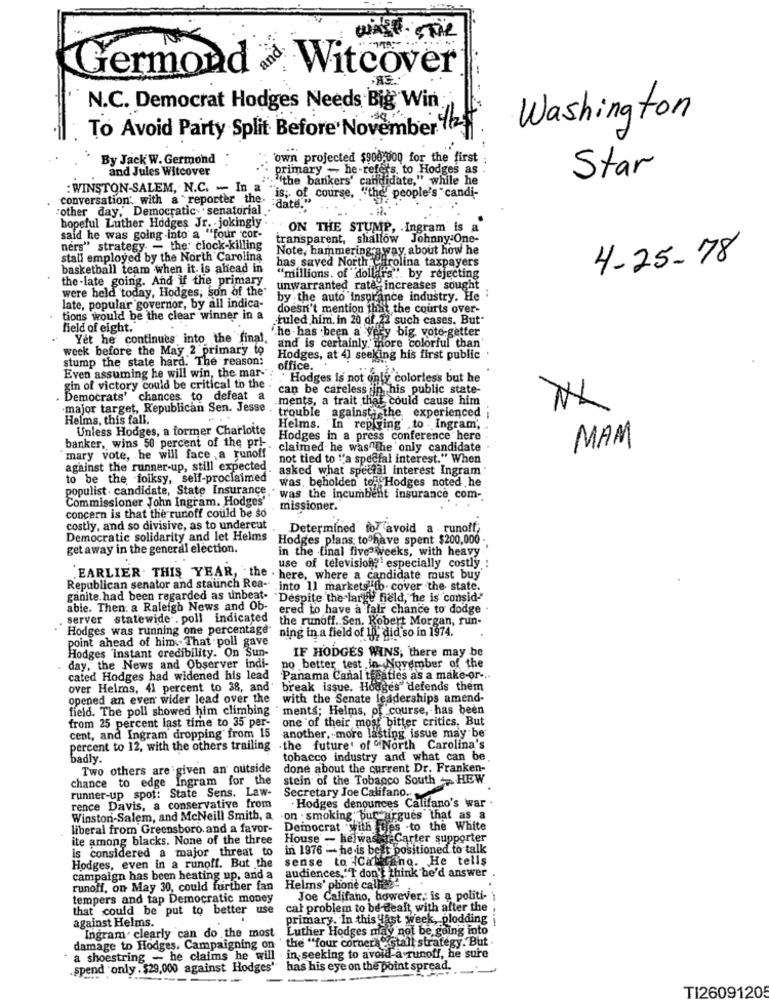
wash STAR
Germond Witcover
N.C. Democrat Hodges Needs Big Win
Washington
To Avoid Party Split Before Nover
ember 12
By Jack W. Germond
"own projected $900.000 for the first
and Jules Witcover
primary - he-refers to Hodges as
Star
"."the bankers' candidate," while he
WINSTON-SALEM, N.C. - In a -
conversation with a reporter the date."
is; of course, ""the people's "candi-
"other day,' Democratic . senatorial ..
hopeful Luther Hodges Jr. jokingly . .
ON THE STUMP, . Ingram is a
said he was going into a "four cor-
transparent, shallow Johnny One-
ners" strategy. - the clock-killing
Note, hammering a way, about how he
stall employed by the North Carolina
has saved North Carolina taxpayers
4-25-78
basketball team when it is ahead in
the-late going. And if the primary
"millions. of dollars", by rejecting
were held today, Hodges, son of the'
unwarranted rate. increases sought
by the auto insurance industry. He
late, popular governor, by all indica-
doesn't mention that the courts over-
. tions would be the clear winner in a
.tuled him, in 20 of 22 such cases. But"
field of eight.
he has been a very big vote-getter
Yet he continues into the final.
and is certainly, more colorful than'
week before the May 2 primary to
stump the state hard. The reason:
Hodges, at 4] seeking his first public
Even assuming he will win, the mar-"
. office.
Hodges is not only colorless but he
gin of victory could be critical to the
can be careless iin his public state-
Democrats' chances to defeat a
.ments, a trait that could cause him
-major target, Republican Sen. Jesse
Helms, this fall.
...
trouble against the experienced ;
Unless Hodges, a former Charlotte
Helms. In rep Ging to . Ingram',
banker, wins 50 percent of the pri-
Hodges in a press conference here
claimed he was the only candidate
MAM
mary vote, . he will face , a runoff
not tied to ""a special interest." When
against the runner-up, still expected.
asked what special interest Ingram
to be the folksy, self-proclaimed"
was. beholden to- Hodges noted he
populist . candidate, State Insurance, was the incumbent insurance com-
Commissioner John Ingram. Hodges'
concern is that the runoff could be so
missioner.
costly, and so divisive, as to undercut
Determined to avoid a - runoff;
Democratic solidarity and let Helms Hodges plans to have spent $200,000 .
get away in the general election.
in the final five weeks, with heavy
use of television?' especially costly :
"EARLIER. THIS YEAR, . the . here, where a candidate must buy
Republican senator and staunch Rea- into 11 marketglib- cover the state.
ganite.had been regarded as unbeat-
"Despite the large field, he is consid"
able. Then: a Raleigh News and Ob-
ered to have a fair chance to dodge .
server statewide . poll indicated
the runoff. Sen. Robert Morgan, run-
Hodges was running one percentage" ning in a field of In, did so in 1974.
point ahead of him That poll gave
Hodges instant credibility. On Sun-
IF HODGES WINS, there may be
day, the News and Observer indi-
no better test in November of the
cated Hodges had widened his lead Panama Canal tfeaties as a make-or -..
over Heims, 41 percent to 38, and' break issue. Hodges" defends them
opened an even' wider lead over the
with the Senate leaderships amend-
field. The poll showed him climbing . ments; Helms, of course, has been
from 25 percent last time to 35 per-
one of their most bitter critics, But
cent, and Ingram dropping from 15
another, more lasting issue may be
percent to 12, with the others trailing
-the future' of "North Carolina's
badly.
tobacco industry and what can be.
Two others are given an outside
done about the current Dr. Franken-
chance to edge Ingram for the
stein of the Tobacco South - HEW
runner-up spot: State Sens. Law-
Secretary Joe Califano ..
. Hodges denounces Califano's war .
rence Davis, a conservative from
Winston-Salem, and McNeill Smith, a on smoking but argues that as a
liberal from Greensboro and a favor- Democrat with ties to the White
ite among blacks. None of the three
House' - helwassieCarter supporter
is considered a major threat to
in 1976 - he-is best positioned to talk
sense to ICamerano. He tells
Hodges, even in a runoff. But the
campaign has been heating up, and a audiences,"T don't think he'd answer
runoff, on May 30, could further fan
Helms' phone calle
tempers and tap Democratic money
Joe Califano, however, is a politi-
that could be put to better use
cal problem to be-dealt with after the
against Helms.
primary. In this last week, plodding
Luther Hodges may not be going into
Ingram. clearly can do the most
the ""four corners" stall strategy. But
damage to Hodges, Campaigning on
a shoestring - he claims he will .in, seeking to avoid-a runoff, he sure
.spend "only . $29,000 against Hodges'
has his eye on the point spread.
TI26091205